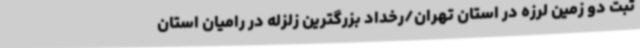
ثبت دو زمین لرزه در استان تهران/رخداد بزرگترین زلزله در رامیان استان